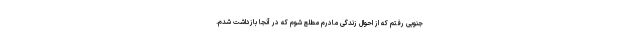
جنوبی رفتم که از احوال زندگی مادرم مطلع شوم که در آنجا بازداشت شدم.